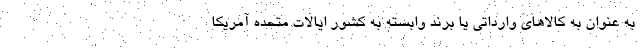
به عنوان به کالاهای وارداتی یا برند وابسته به کشور ایالات متحده آمریکا